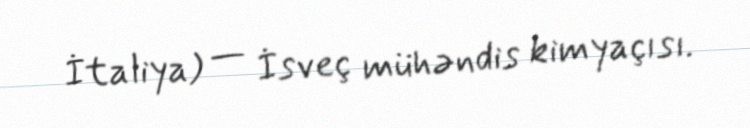
İtaliya) — İsveç mühəndis kimyaçısı.